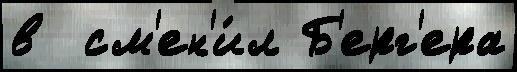
в  см'ен'и́л Б'ерг'ера